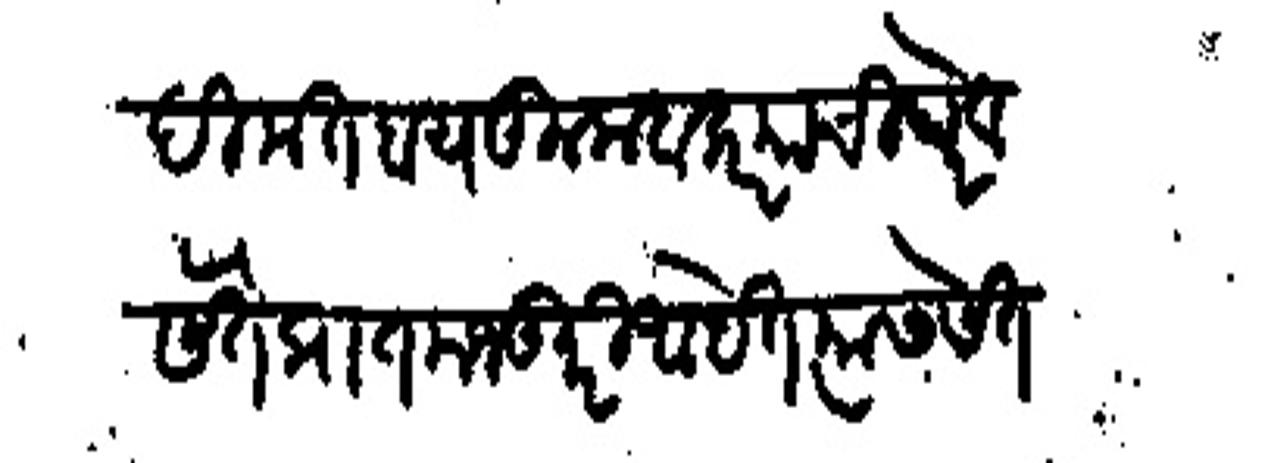
Transliteration (Devanagari): दिमत हाय कुलाबकर याची घरे व सेते प्रात मजकुरी आहेत त्यास सेत